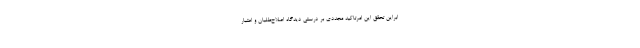
ابراين تحقق اين امرتاكيد مجددی بر درستيِ ديدگاه اصلاح‌طلبان و اعتبار